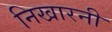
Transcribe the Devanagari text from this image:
निखारनी